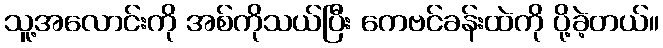
သူ့အလောင်းကို အစ်ကိုသယ်ပြီး ကေဗင်ခန်းထဲကို ပို့ခဲ့တယ်။